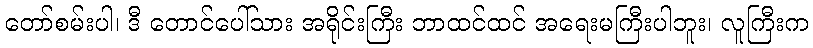
တော်စမ်းပါ၊ ဒီ တောင်ပေါ်သား အရိုင်းကြီး ဘာထင်ထင် အရေးမကြီးပါဘူး၊ လူကြီးက